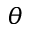
\theta